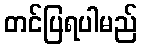
တင်ပြရပါမည်